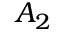
A _ { 2 }